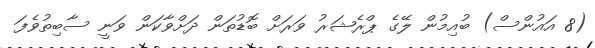
(8 އައުންސް) ބުއިމުން ލޭގެ ޕްރެޝަރު ވަރަށް ބޮޑުތަން ދަށްވާކަން ވަނީ ސާބިތުވެފަ